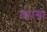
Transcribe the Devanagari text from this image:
तरांगा